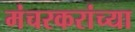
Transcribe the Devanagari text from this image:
मंचरकरांच्या